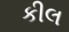
કીલ